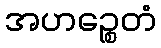
အဟဉ္စေတံ